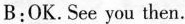
B:OK.See you then.